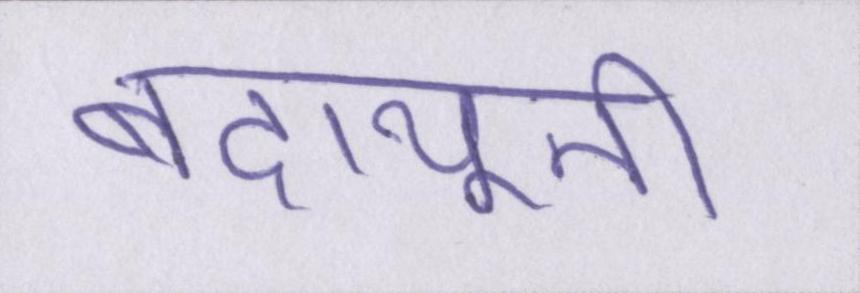
बदायूनी